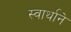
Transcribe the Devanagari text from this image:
स्वार्थाने